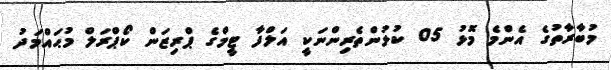
މުބާރާތުގެ އެންމެ މޮޅު 05 ކުޅުންތެރިންނަކީ އަލްފާ ޓީމްގެ ޕްރިޒަން ކޯޕްރަލް މުޙައްމަދު